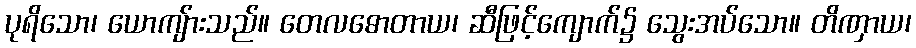
ပုရိသော၊ ယောကျ်ားသည်။ တေလဓောတာယ၊ ဆီဖြင့်ကျောက်၌ သွေးအပ်သော။ တိဏှာယ၊